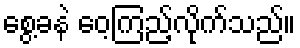
စွေ့ခနဲ ဝေ့ကြည့်လိုက်သည်။